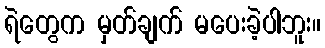
ရဲတွေက မှတ်ချက် မပေးခဲ့ပါဘူး။